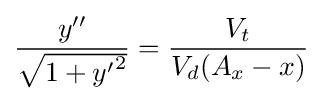
{\frac {y''}{\sqrt {1+{y'}^{2}}}}={\frac {V_{t}}{V_{d}(A_{x}-x)}}~